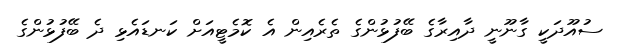
ސުއޫދަކީ ގާނޫނީ ދާއިރާގެ ބޭފުޅުންގެ ތެރެއިން އެ ކޮމެޓީއަށް ކަނޑައެޅި ދެ ބޭފުޅުންގެ